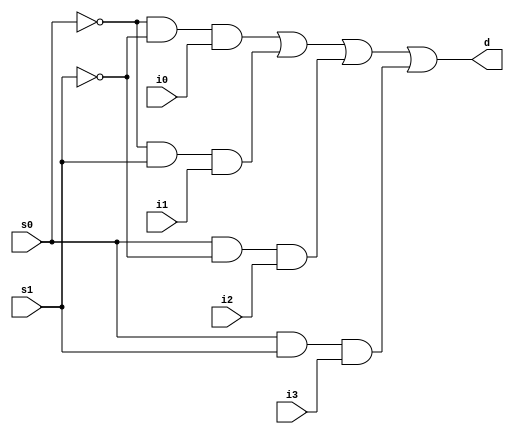
`timescale 1ns / 1ps
//////////////////////////////////////////////////////////////////////////////////
// Company: 
// Engineer: 
// 
// Design Name: 
// Module Name: Mux_structural
// Project Name: 
// Target Devices: 
// Tool Versions: 
// Description: 
// 
// Dependencies: 
// 
// Revision:
// Revision 0.01 - File Created
// Additional Comments:
// 
//////////////////////////////////////////////////////////////////////////////////


module Mux_structural(
    input i0,
    input i1,
    input i2,
    input i3,
    input s0,
    input s1,
    output d
    );
    
    wire s0_not, s1_not, i0_and, i1_and, i2_and, i3_and;
    
    not n0 (s0_not, s0);
    not n1 (s1_not, s1);
    
    and g0 (i0_and, s0_not, s1_not, i0);
    and g1 (i1_and, s0_not, s1, i1); 
    and g2 (i2_and, s0, s1_not, i2);
    and g3 (i3_and, s0, s1, i3);
    
    or g4 (d, i0_and, i1_and, i2_and, i3_and);
    
endmodule